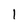
Character: 1